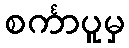
စင်္ကာပူမှ